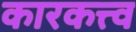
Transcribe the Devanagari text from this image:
कारकत्त्व